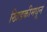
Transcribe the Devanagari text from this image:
खिडकीमधून